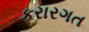
કરારગત